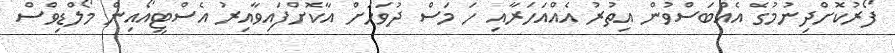
ފޯރުކޮށްދިނުމުގެ އެއްބަސްވުން އިތުރު އެއްއަހަރާއި ހަ މަސް ދުވަހަށް އާކޮށްފައިވާއިރު އެސްޓީއޯއިން މޯލްޑިވްސް